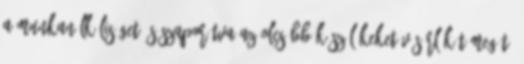
a munkanélküliséget és szaporítva az olcsóbb készülékeket vásárlók tömegét.